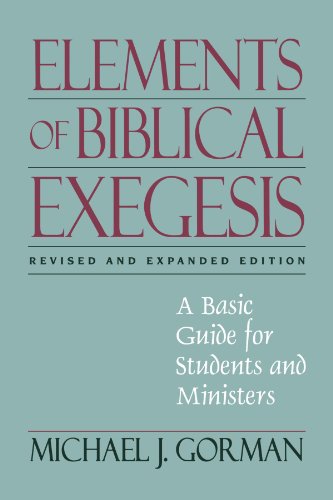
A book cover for Elements of Biblical Exegesis: A Basic Guide for Students and Ministers; Michael J. Gorman; Christian Books & Bibles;